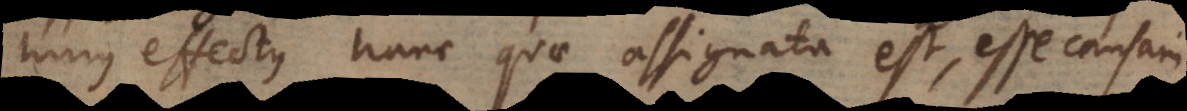
hujus effectus hanc quae assignata est, esse causam